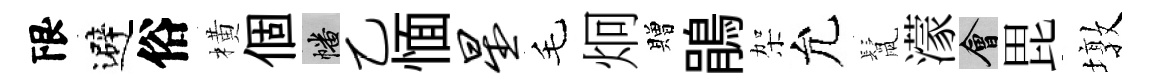
限避俗橫個幡乙愐星毛炯贈鵑架允鬛濛會毘墩